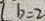
1 b = 2